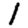
Digit: 1